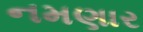
નમણાર